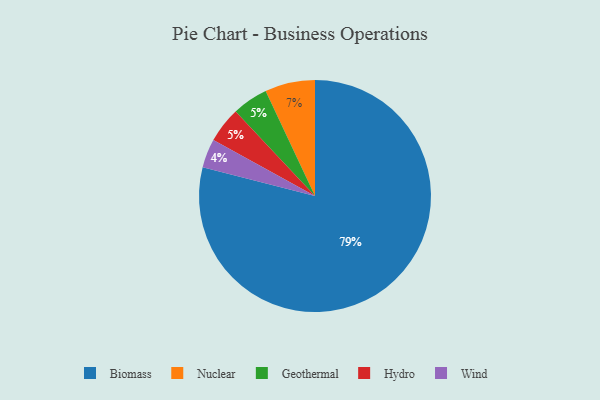
{"axis": {"x": "Category", "y": "Percentage"}, "legend": ["Biomass", "Geothermal", "Hydro", "Nuclear", "Wind"], "data": [{"x": "Biomass", "y": 79, "type": "Biomass"}, {"x": "Nuclear", "y": 7, "type": "Nuclear"}, {"x": "Geothermal", "y": 5, "type": "Geothermal"}, {"x": "Wind", "y": 4, "type": "Wind"}, {"x": "Hydro", "y": 5, "type": "Hydro"}]}